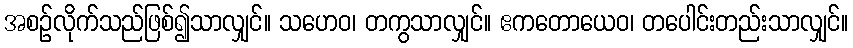
အစဉ်လိုက်သည်ဖြစ်၍သာလျှင်။ သဟေဝ၊ တကွသာလျှင်။ ဧကတောယေဝ၊ တပေါင်းတည်းသာလျှင်။